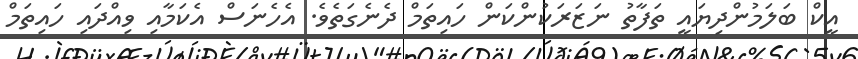
އީކް ބަލަމުންދިޔައީ ތަފާތު ނަޒަރަކުންކަން ހައިތަމް ދެނެގަތެވެ. އެހެނަސް އެކަމާއި ވިއްދައި ހައިތަމް